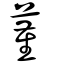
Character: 蓳